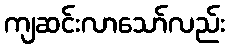
ကျဆင်းလာသော်လည်း